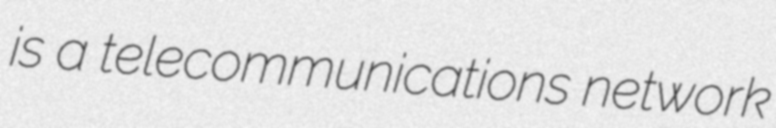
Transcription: is a telecommunications network